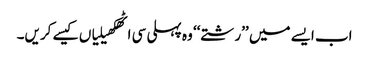
اب ایسے میں ’’رشتے‘‘ وہ پہلی سی اٹھکھیلیاں کیسے کریں۔